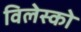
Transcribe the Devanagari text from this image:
विलेस्को